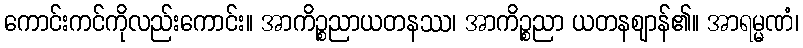
ကောင်းကင်ကိုလည်းကောင်း။ အာကိဉ္စညာယတနဿ၊ အာကိဉ္စညာ ယတနဈာန်၏။ အာရမ္မဏံ၊